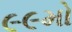
૯૯મો